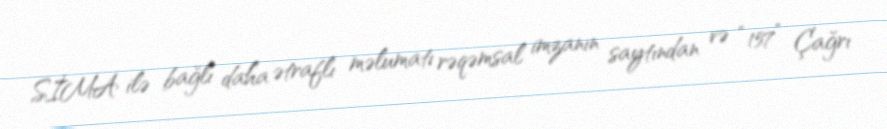
SİMA ilə bağlı daha ətraflı məlumatı rəqəmsal imzanın saytından və “157” Çağrı